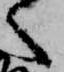
く